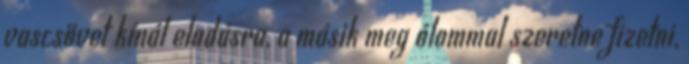
vascsövet kínál eladásra, a másik meg ólommal szeretne fizetni,